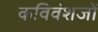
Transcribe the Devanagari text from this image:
कविवंशजों